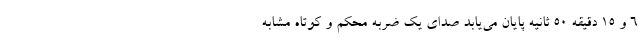
۶ و ۱۵ دقیقه ۵۰ ثانیه پایان می‌یابد صدای یک ضربه محکم و کوتاه مشابه